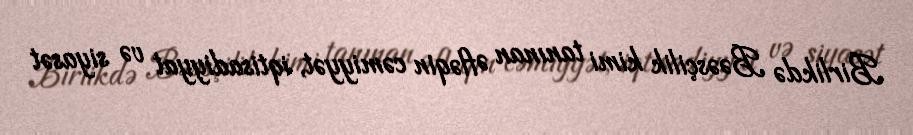
Birlikdə Bəəsçilik kimi tanınan Əfləqin cəmiyyət, iqtisadiyyat və siyasət